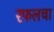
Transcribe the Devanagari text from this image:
रफलचा